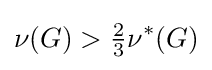
\nu (G)>{\tfrac {2}{3}}\nu ^{*}(G)